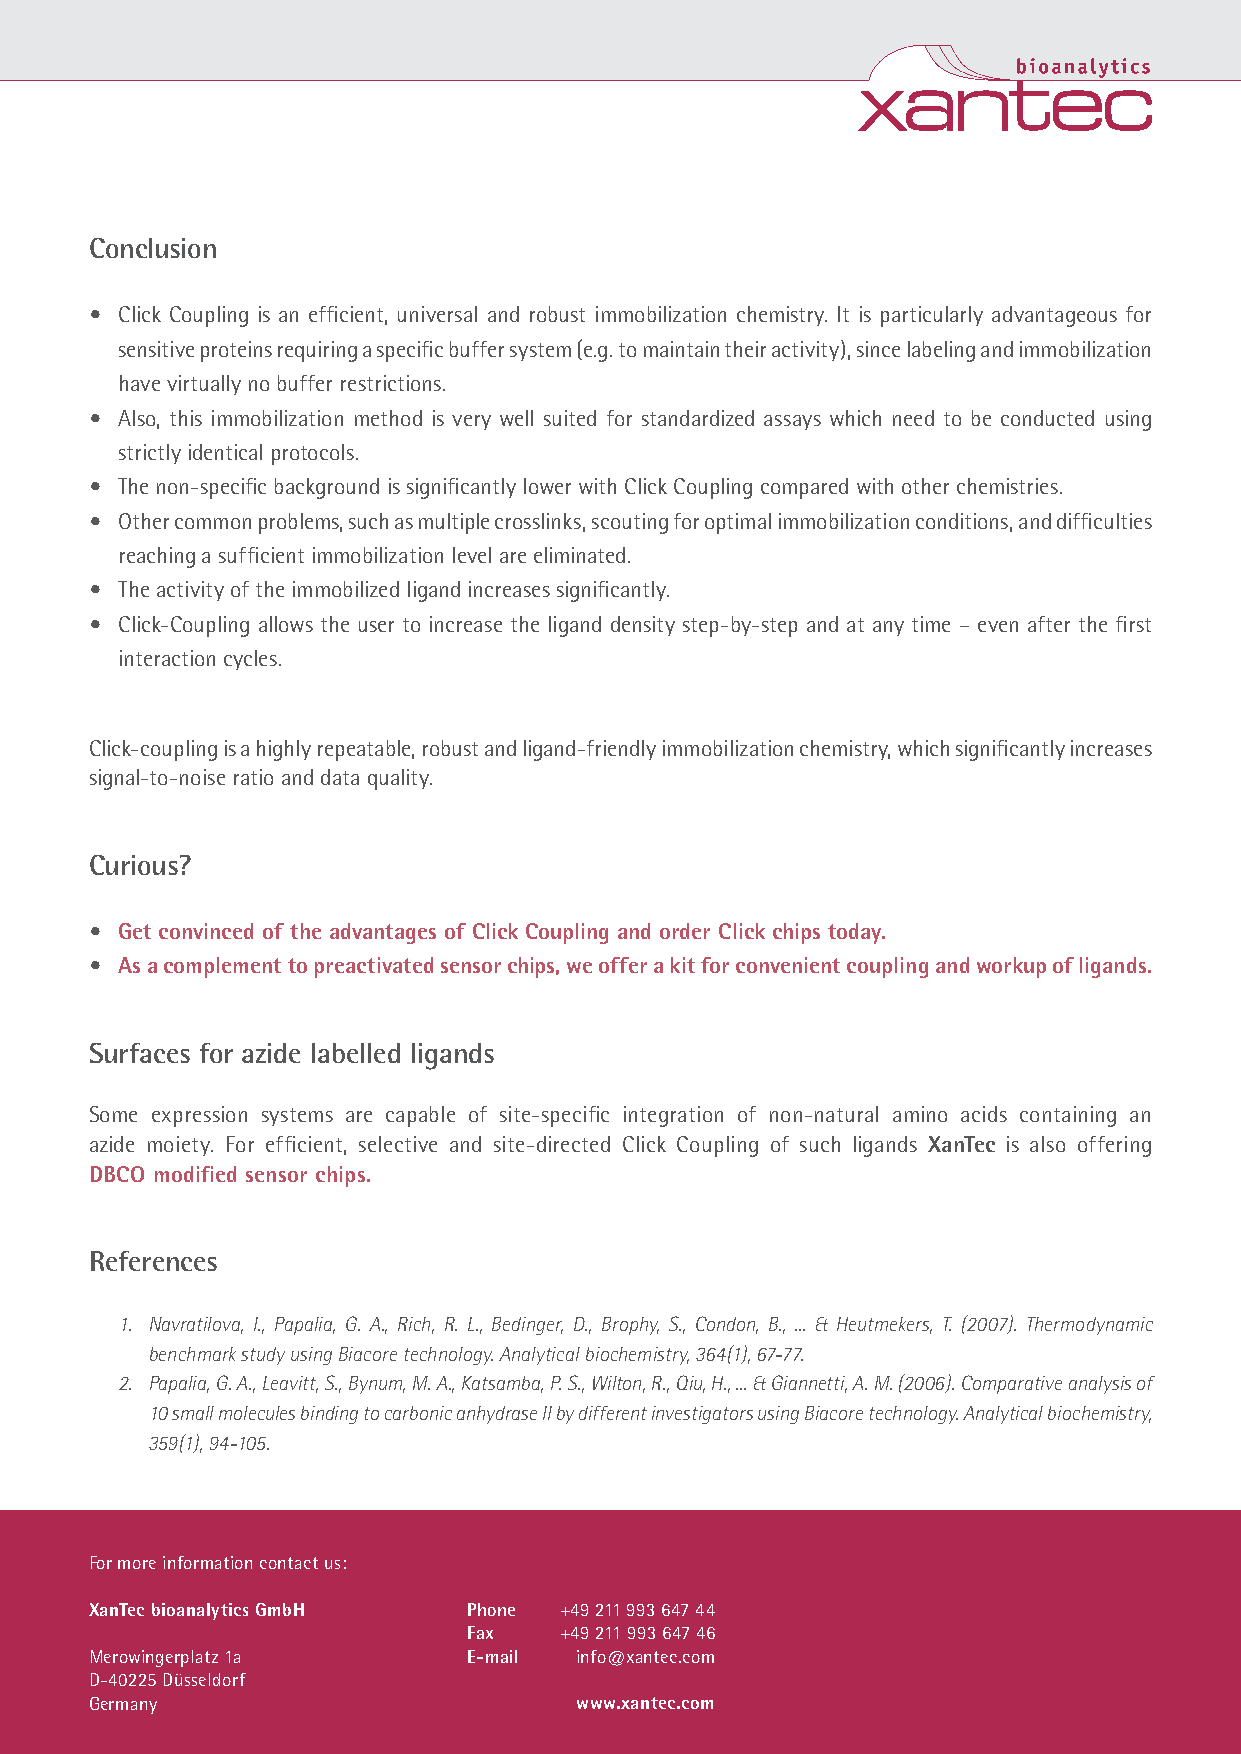
Conclusion
 • Click Coupling is an efficient, universal and robust immobilization chemistry. It is particularly advantageous for
 sensitive proteins requiring a specific buffer system (e.g. to maintain their activity), since labeling and immobilization
 have virtually no buffer restrictions.
 • Also, this immobilization method is very well suited for standardized assays which need to be conducted using
 strictly identical protocols.
 • The non-specific background is significantly lower with Click Coupling compared with other chemistries.
 • Other common problems, such as multiple crosslinks, scouting for optimal immobilization conditions, and difficulties
 reaching a sufficient immobilization level are eliminated.
 • The activity of the immobilized ligand increases significantly.
 • Click-Coupling allows the user to increase the ligand density step-by-step and at any time – even after the first
 interaction cycles.
 Click-coupling is a highly repeatable, robust and ligand-friendly immobilization chemistry, which significantly increases
 signal-to-noise ratio and data quality.
 Curious?
 • Get convinced of the advantages of Click Coupling and order Click chips today.
 • As a complement to preactivated sensor chips, we offer a kit for convenient coupling and workup of ligands.
 Surfaces for azide labelled ligands
 Some expression systems are capable of site-specific integration of non-natural amino acids containing an
 azide moiety. For efficient, selective and site-directed Click Coupling of such ligands XanTec is also offering
 DBCO modified sensor chips.
 References
 1. Navratilova, I., Papalia, G. A., Rich, R. L., Bedinger, D., Brophy, S., Condon, B., ... & Heutmekers, T. (2007). Thermodynamic
 benchmark study using Biacore technology. Analytical biochemistry, 364(1), 67-77.
 2. Papalia, G. A., Leavitt, S., Bynum, M. A., Katsamba, P. S., Wilton, R., Qiu, H., ... & Giannetti, A. M. (2006). Comparative analysis of
 10 small molecules binding to carbonic anhydrase II by different investigators using Biacore technology. Analytical biochemistry,
 359(1), 94-105.
 For more information contact us:
 XanTec bioanalytics GmbH Phone +49 211 993 647 44
 Fax   +49 211 993 647 46
 Merowingerplatz 1a       E-mail info@xantec.com
 D-40225 Düsseldorf
 Germany                         www.xantec.com